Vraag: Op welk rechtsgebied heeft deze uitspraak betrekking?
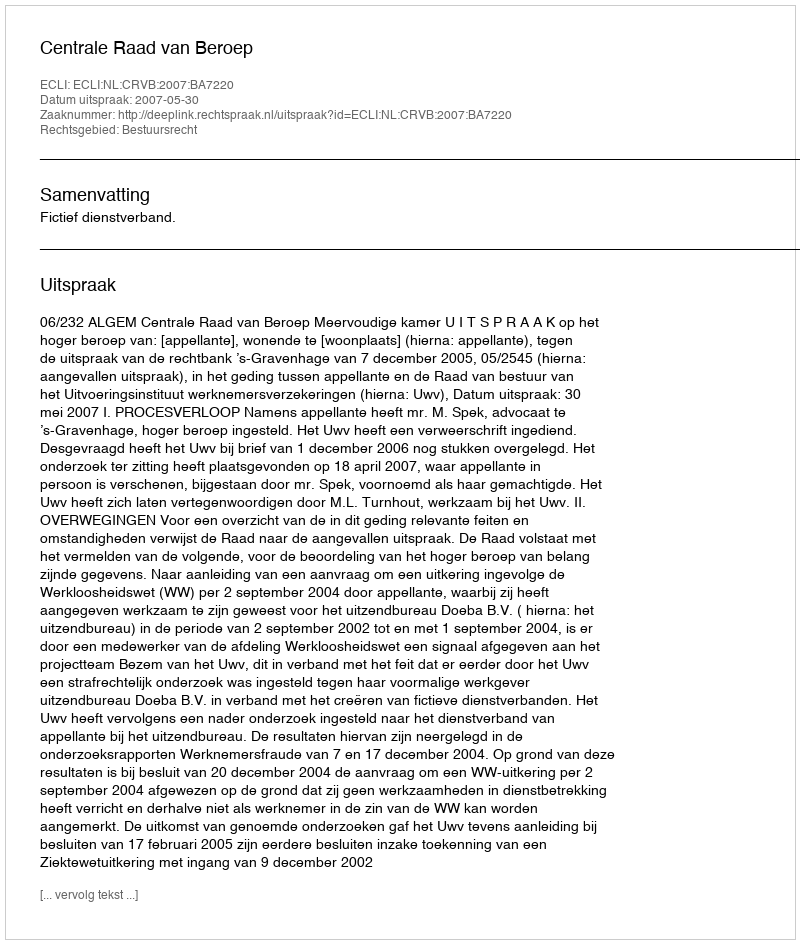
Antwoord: Bestuursrecht